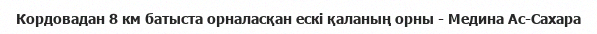
Кордовадан 8 км батыста орналасқан ескі қаланың орны - Медина Ас-Сахара